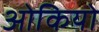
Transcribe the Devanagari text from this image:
ओकियो